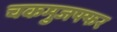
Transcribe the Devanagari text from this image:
चकमुजफ्फर